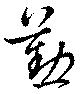
懃